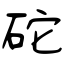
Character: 砣